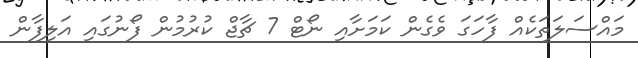
މައްސަލަތަކެއް ފާހަގަ ވެގެން ކަމަށާއި ނޯޓް 7 ޗާޖް ކުރުމުން ފޯނުގައި އަލިފާން